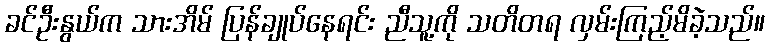
ခင်ဦးနွယ်က သားအိမ် ပြန်ချုပ်နေရင်း ညီသူ့ကို သတိတရ လှမ်းကြည့်မိခဲ့သည်။